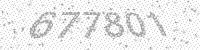
Solution: 677801